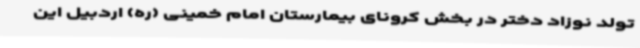
تولد نوزاد دختر در بخش کرونای بیمارستان امام خمینی (ره) اردبیل این